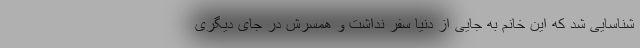
شناسایی شد که این خانم به جایی از دنیا سفر نداشت و همسرش در جای دیگری